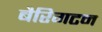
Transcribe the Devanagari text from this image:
बैरिगटन